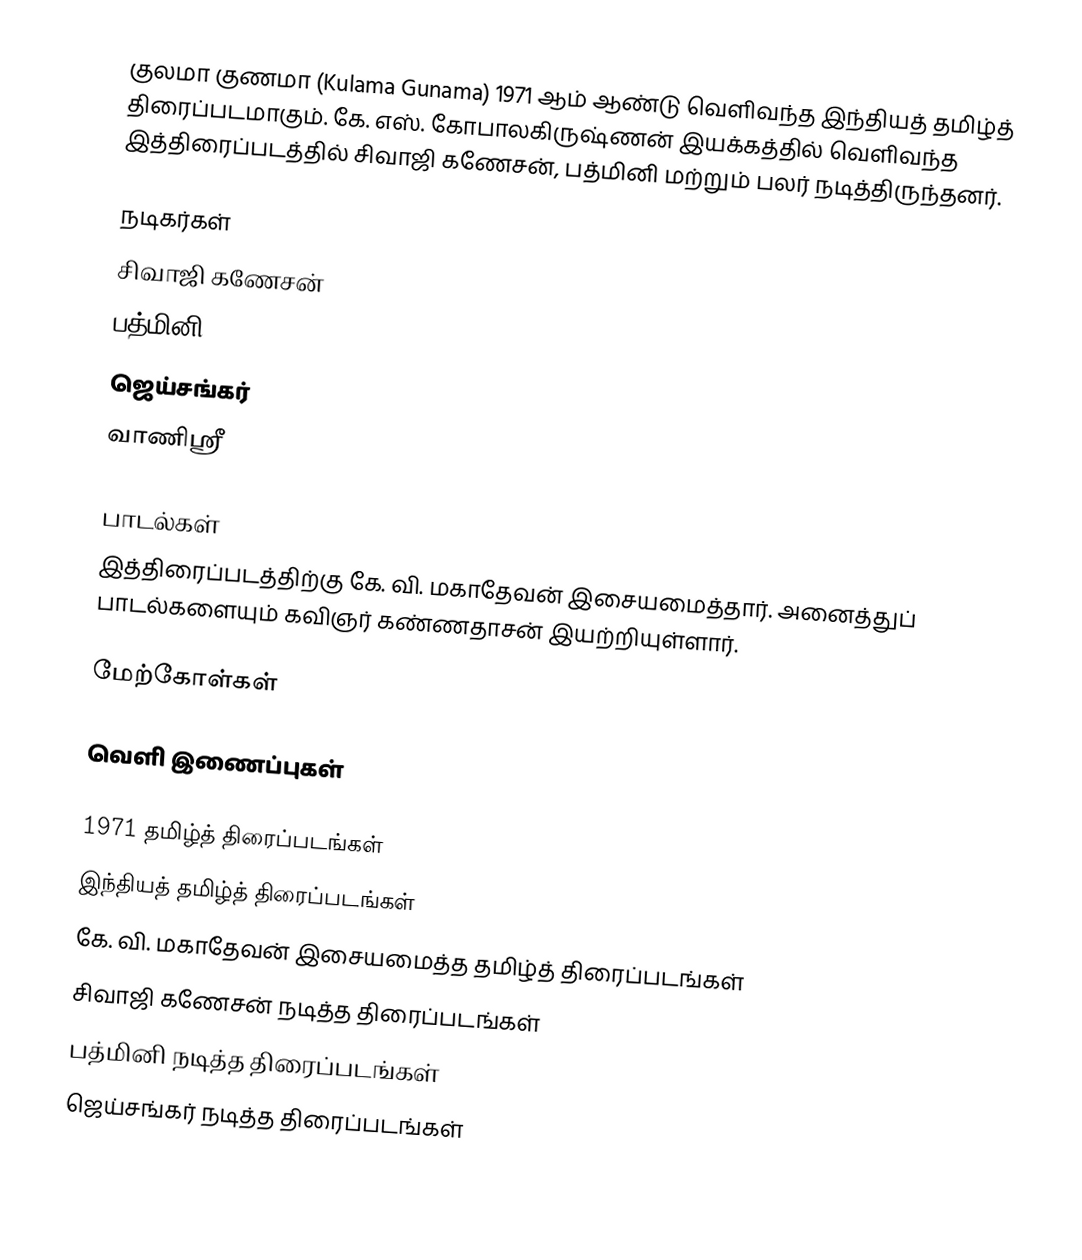
குலமா குணமா (Kulama Gunama) 1971 ஆம் ஆண்டு வெளிவந்த இந்தியத் தமிழ்த் திரைப்படமாகும். கே. எஸ். கோபாலகிருஷ்ணன் இயக்கத்தில் வெளிவந்த இத்திரைப்படத்தில் சிவாஜி கணேசன், பத்மினி மற்றும் பலர் நடித்திருந்தனர்.

நடிகர்கள்
சிவாஜி கணேசன்
பத்மினி
ஜெய்சங்கர்
வாணிஸ்ரீ

பாடல்கள்
இத்திரைப்படத்திற்கு கே. வி. மகாதேவன் இசையமைத்தார். அனைத்துப் பாடல்களையும் கவிஞர் கண்ணதாசன் இயற்றியுள்ளார்.

மேற்கோள்கள்

வெளி இணைப்புகள்

1971 தமிழ்த் திரைப்படங்கள்
இந்தியத் தமிழ்த் திரைப்படங்கள்
கே. வி. மகாதேவன் இசையமைத்த தமிழ்த் திரைப்படங்கள்
சிவாஜி கணேசன் நடித்த திரைப்படங்கள்
பத்மினி நடித்த திரைப்படங்கள்
ஜெய்சங்கர் நடித்த திரைப்படங்கள்